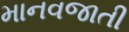
માનવજાતી